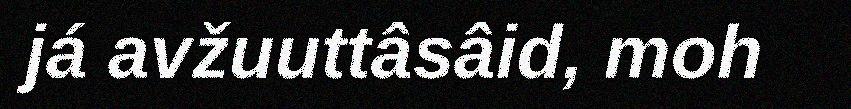
já avžuuttâsâid, moh